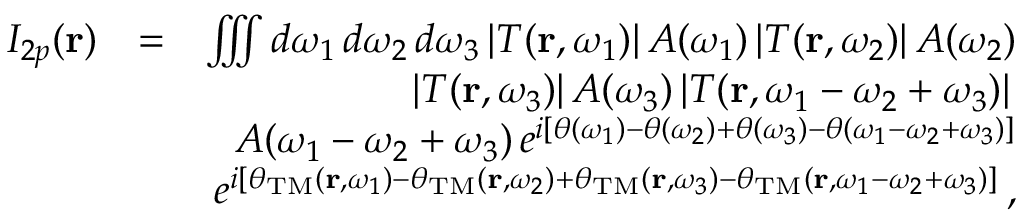
\begin{array} { r l r } { I _ { 2 p } ( \mathbf { r } ) } & { = } & { \iiint d \omega _ { 1 } \, d \omega _ { 2 } \, d \omega _ { 3 } \, | T ( \mathbf { r } , \omega _ { 1 } ) | \, A ( \omega _ { 1 } ) \, | T ( \mathbf { r } , \omega _ { 2 } ) | \, A ( \omega _ { 2 } ) } \\ & { } & { | T ( \mathbf { r } , \omega _ { 3 } ) | \, A ( \omega _ { 3 } ) \, | T ( \mathbf { r } , \omega _ { 1 } - \omega _ { 2 } + \omega _ { 3 } ) | \, } \\ & { } & { A ( \omega _ { 1 } - \omega _ { 2 } + \omega _ { 3 } ) \, e ^ { i [ \theta ( \omega _ { 1 } ) - \theta ( \omega _ { 2 } ) + \theta ( \omega _ { 3 } ) - \theta ( \omega _ { 1 } - \omega _ { 2 } + \omega _ { 3 } ) ] } } \\ & { } & { e ^ { i [ \theta _ { \mathrm { T M } } ( \mathbf { r } , \omega _ { 1 } ) - \theta _ { \mathrm { T M } } ( \mathbf { r } , \omega _ { 2 } ) + \theta _ { \mathrm { T M } } ( \mathbf { r } , \omega _ { 3 } ) - \theta _ { \mathrm { T M } } ( \mathbf { r } , \omega _ { 1 } - \omega _ { 2 } + \omega _ { 3 } ) ] } \, , } \end{array}